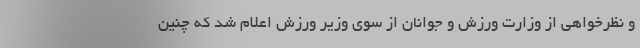
و نظرخواهی از وزارت ورزش و جوانان از سوی وزیر ورزش اعلام شد که چنین